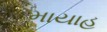
માયાહ